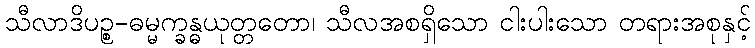
သီလာဒိပဉ္စ-ဓမ္မက္ခန္ဓယုတ္တတော၊ သီလအစရှိသော ငါးပါးသော တရားအစုနှင့်